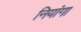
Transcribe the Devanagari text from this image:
नियांगा